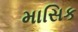
માસિક